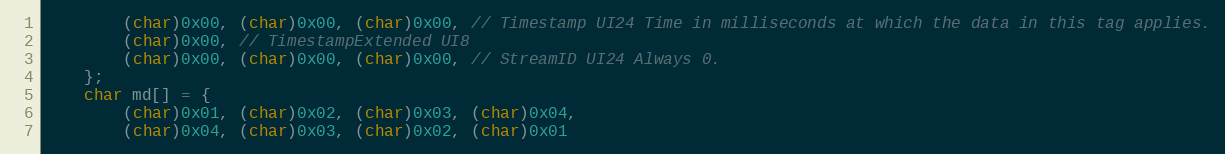
Language: C++
        (char)0x00, (char)0x00, (char)0x00, // Timestamp UI24 Time in milliseconds at which the data in this tag applies.
        (char)0x00, // TimestampExtended UI8
        (char)0x00, (char)0x00, (char)0x00, // StreamID UI24 Always 0.
    };
    char md[] = {
        (char)0x01, (char)0x02, (char)0x03, (char)0x04,
        (char)0x04, (char)0x03, (char)0x02, (char)0x01